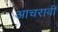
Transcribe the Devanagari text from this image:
आचरावी